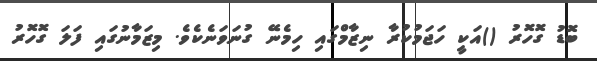
ބޮޑު ގޮހޮރު ()އަކީ ހަޖަމުކުރާ ނިޒާމްގައި ހިމެނޭ ގުނަވަނެކެވެ. މިޒަމާނުގައި ފަލަ ގޮހޮރު